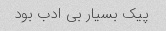
پیک بسیار بی ادب بود